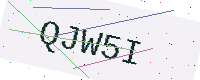
Text: QJW5I